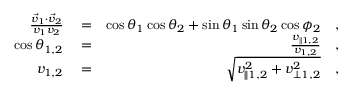
\begin{array} { r l r } { \frac { \vec { v } _ { 1 } \cdot \vec { v } _ { 2 } } { v _ { 1 } v _ { 2 } } } & { { } = } & { \cos \theta _ { 1 } \cos \theta _ { 2 } + \sin \theta _ { 1 } \sin \theta _ { 2 } \cos \phi _ { 2 } \quad , } \\ { \cos \theta _ { 1 , 2 } } & { { } = } & { \frac { v _ { \parallel 1 , 2 } } { v _ { 1 , 2 } } \quad , } \\ { v _ { 1 , 2 } } & { { } = } & { \sqrt { v _ { \parallel 1 , 2 } ^ { 2 } + v _ { \perp 1 , 2 } ^ { 2 } } \quad , } \end{array}